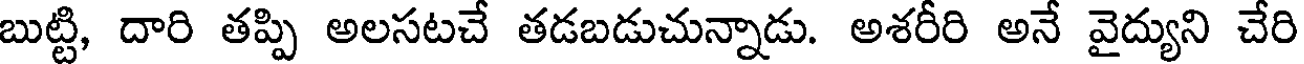
బుట్టి, దారి తప్పి అలసటచే తడబడుచున్నాడు. అశరీరి అనే వైద్యుని చేరి